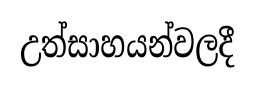
උත්සාහයන්වලදී